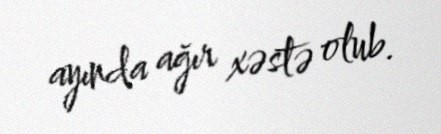
ayında ağır xəstə olub.